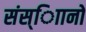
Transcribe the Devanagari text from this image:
संस्ािानों